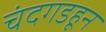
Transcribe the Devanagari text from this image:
चंदगडहून